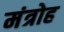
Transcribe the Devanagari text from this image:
मंत्रोह